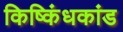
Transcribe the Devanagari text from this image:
किष्किंधकांड